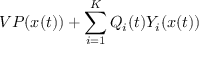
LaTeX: V P ( x ( t ) ) + \sum _ { i = 1 } ^ { K } Q _ { i } ( t ) Y _ { i } ( x ( t ) )